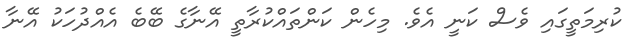
ކުރިމަތީގައި ވެސް ކަނީ އެވެ. މިހެން ކަންތައްކުރާތީ އޭނާގެ ބޭބެ އެއްދުހަކު އޭނާ